Report on the working of the Ranchi Indian Mental Hospital, Kanke, in Bihar and Orissa - 1930-1940
Year: 1930
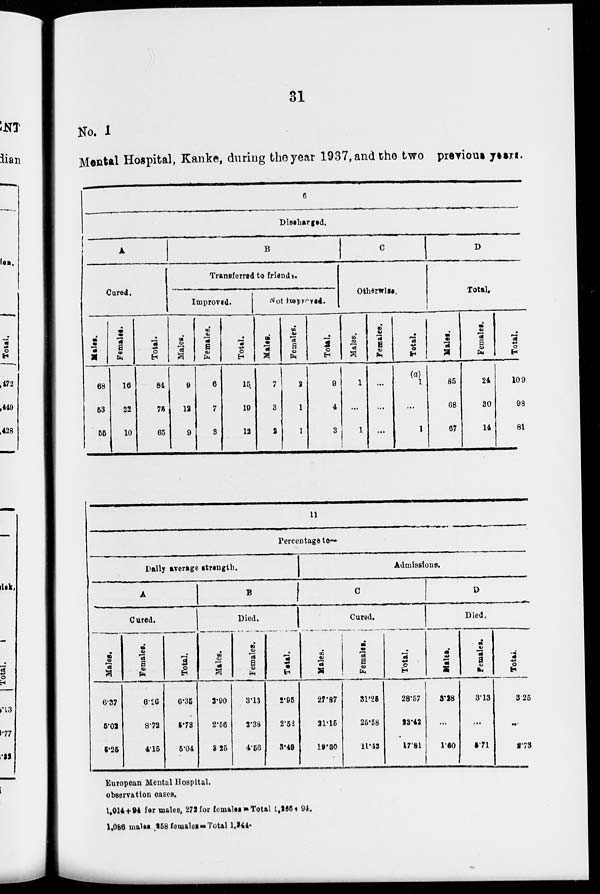
31
No. I
Mental Hospital, Kanke, during the year 1937, and the two previous years.
6
Discharged.
A
Cured.
Males.
68
53
55
Females.
16
22
10
Total.
84
75
65
B
Transferred to friends.
Improved.
Males.
9
12
9
Females.
6
7
3
Total.
15
19
12
Not improved.
Males.
7
3
2
Females.
2
1
1
Total.
9
4
3
C
Otherwise.
Males.
1
...
1
Females.
...
...
...
Total.
(a)
1
...
1
D
Total.
Males.
85
68
67
Females.
24
30
14
Total.
109
98
81
11
Percentage to—
Daily average strength.
A
Cured.
Males.
6.37
5.02
5.25
Females.
6.26
8.72
4.15
Total.
6.35
5.73
5.04
B
Died.
Males.
2.90
2.56
3.25
Females.
3.13
2.38
4.56
Total.
2.95
2.52
3.49
Admissions.
C
Cured.
Males.
27.87
21.15
12.80
Females.
31.25
25.58
11.43
Total.
28.57
23.42
17.81
D
Died.
Males.
3.28
...
1.80
Females.
3.13
...
5.71
Total.
3.25
...
2.73
European Mental Hospital.
observation cases.
1,014+94 for males, 272 for females = Total 1,266+94.
1,086 males 258 females=Total 1,344.